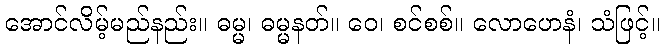
အောင်လိမ့်မည်နည်း။ ဓမ္မ၊ ဓမ္မနတ်။ ဝေ၊ စင်စစ်။ လောဟေနံ၊ သံဖြင့်။